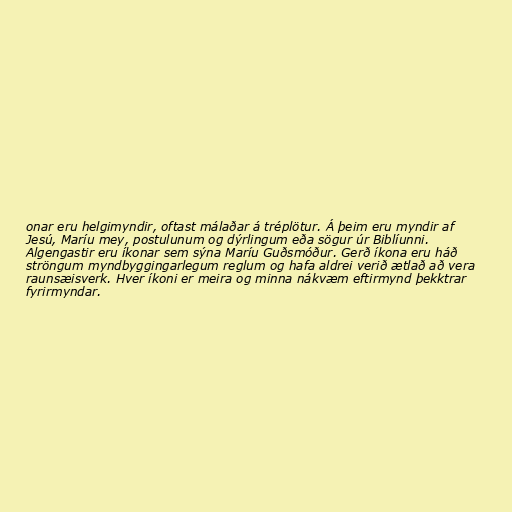
onar eru helgimyndir, oftast málaðar á tréplötur. Á þeim eru myndir af
Jesú, Maríu mey, postulunum og dýrlingum eða sögur úr Biblíunni.
Algengastir eru íkonar sem sýna Maríu Guðsmóður. Gerð íkona eru háð
ströngum myndbyggingarlegum reglum og hafa aldrei verið ætlað að vera
raunsæisverk. Hver íkoni er meira og minna nákvæm eftirmynd þekktrar
fyrirmyndar.